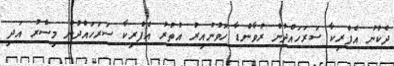
ދެކުނު އެފްރިކާ ސަރަހައްދުން ރުވާންޑާ ހޮވުނުއިރު އުތުރު އެފްރިކާ ސަރަހައްދުން މިސްރު އަދި